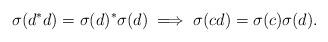
LaTeX: \begin{align*} \sigma(d^*d) = \sigma(d)^*\sigma(d) \implies \sigma(cd) = \sigma(c)\sigma(d).\end{align*}